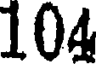
104